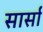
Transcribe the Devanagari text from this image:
सार्सा